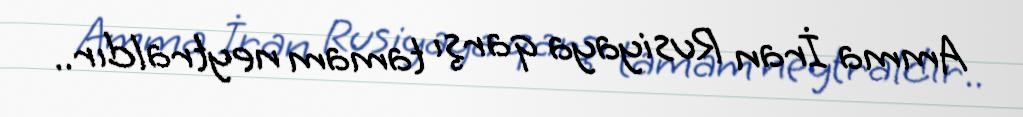
Amma İran Rusiyaya qarşı tamam neytraldır..